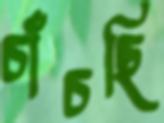
চাঁচছি